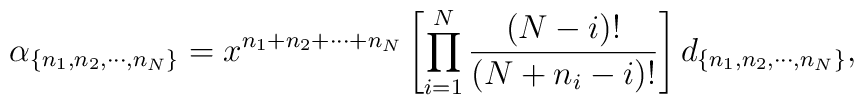
\alpha_{ \{ n_1,n_2,\cdots,n_N \} } = x^{n_1+n_2+ \cdots + n_N}\left[ \prod_{i=1}^N\frac{(N-i)!}{(N+n_i-i)!} \right] d_{ \{ n_1,n_2,\cdots,n_N \} },